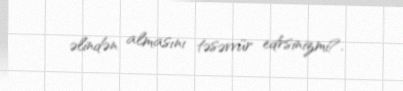
əlindən almasını təsəvvür edrsinizmi?.